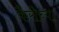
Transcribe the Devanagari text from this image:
कैरीच्या